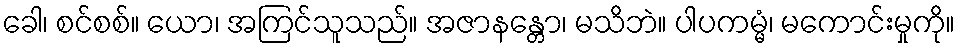
ခေါ၊ စင်စစ်။ ယော၊ အကြင်သူသည်။ အဇာနန္တော၊ မသိဘဲ။ ပါပကမ္မံ၊ မကောင်းမှုကို။